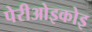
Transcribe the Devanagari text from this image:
पेरीओइकोइ